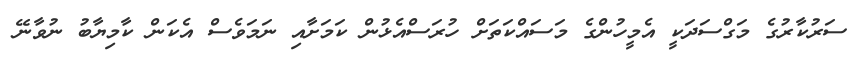
ސަރުކާރުގެ މަގްސަދަކީ އެމީހުންގެ މަސައްކަތަށް ހުރަސްއެޅުން ކަމަށާއި ނަމަވެސް އެކަން ކާމިޔާބު ނުވާނޭ